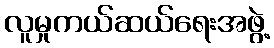
လူမှုကယ်ဆယ်ရေးအဖွဲ့